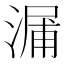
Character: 𣺘